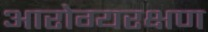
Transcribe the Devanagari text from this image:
आरोग्यरक्षण